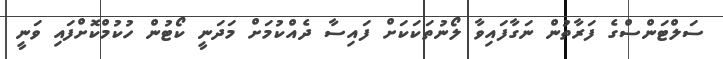
ސަލްޓަންސްގެ ފަރާތުން ނަގާފައިވާ ލޯނުތަކަކަށް ފައިސާ ދެއްކުމަށް މަދަނީ ކޯޓުން ހުކުމްކޮށްފައި ވަނީ